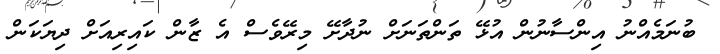
ބުނަމެއްނު އިންސާނުން އުޅޭ ތަންތަނަށް ނުދާށޭ މިރޭވެސް އެ ޒާން ކައިރިއަށް ދިޔަކަން